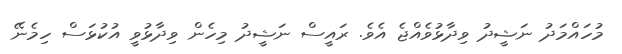
މުހައްމަދު ނަޝީދު ވިދާޅުވެއްޖެ އެވެ. ރައީސް ނަޝީދު މިހެން ވިދާޅުވީ އުކުޅަސް ހިމެނޭ